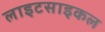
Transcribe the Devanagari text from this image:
लाइटसाइकल